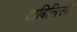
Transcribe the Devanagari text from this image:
टाबिलिसी